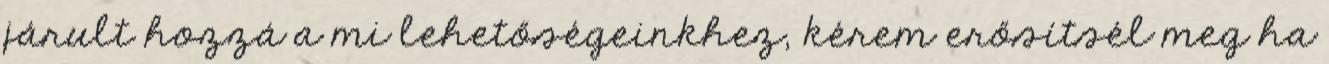
járult hozzá a mi lehetőségeinkhez, kérem erősítsél meg ha